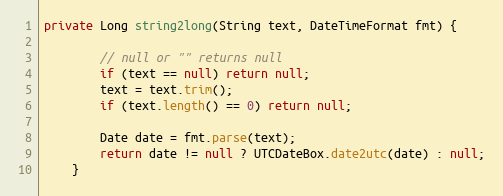
Language: Java
private Long string2long(String text, DateTimeFormat fmt) {

        // null or "" returns null
        if (text == null) return null;
        text = text.trim();
        if (text.length() == 0) return null;

        Date date = fmt.parse(text);
        return date != null ? UTCDateBox.date2utc(date) : null;
    }